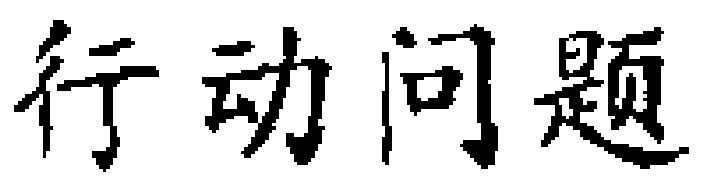
行动问题